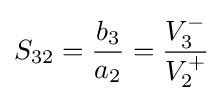
S_{32}={\frac {b_{3}}{a_{2}}}={\frac {V_{3}^{-}}{V_{2}^{+}}}